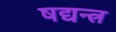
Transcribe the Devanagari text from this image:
षद्यन्त्र